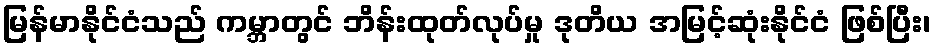
မြန်မာနိုင်ငံသည် ကမ္ဘာတွင် ဘိန်းထုတ်လုပ်မှု ဒုတိယ အမြင့်ဆုံးနိုင်ငံ ဖြစ်ပြီး၊